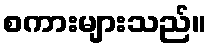
စကားများသည်။